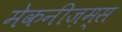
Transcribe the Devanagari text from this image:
मेकनीज़म्स